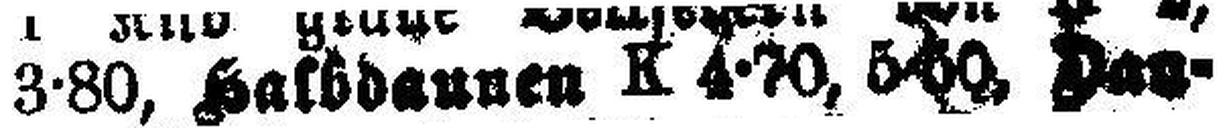
3-80, Halbdaunen K 4-70, 5-60, Das¬